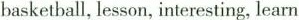
basketball, lesson, interesting, learn